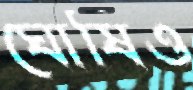
ঘোষিও